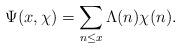
LaTeX: \begin{align*}\Psi(x,\chi)&=\sum \limits_{n\leq x}\Lambda(n)\chi(n).\end{align*}